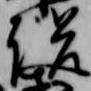
説